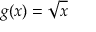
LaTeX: g ( x ) = { \sqrt { x } }